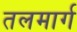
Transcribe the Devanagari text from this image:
तलमार्ग